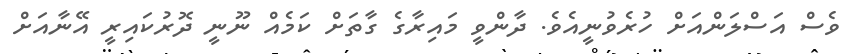
ވެސް އަސްލަންއަށް ހުރެވުނީއެވެ. ދާންވީ މައިރާގެ ގާތަށް ކަމެއް ނޫނީ ދޮރުކައިރީ އޭނާއަށް